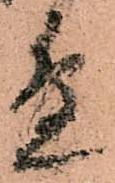
邊